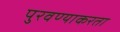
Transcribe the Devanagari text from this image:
पुरवण्याकरता